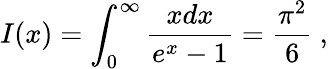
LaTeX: I(x)=\int_{0}^{\infty}\frac{xdx}{e^{x}-1}=\frac{\pi^{2}}{6}~,